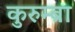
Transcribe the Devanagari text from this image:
कुरुम्ब्रा